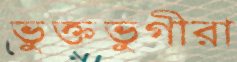
ভুক্তভুগীরা